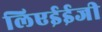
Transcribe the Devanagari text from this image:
लिएईईजी